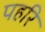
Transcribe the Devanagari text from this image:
पहरि